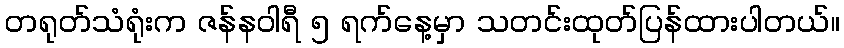
တရုတ်သံရုံးက ဇန်နဝါရီ ၅ ရက်နေ့မှာ သတင်းထုတ်ပြန်ထားပါတယ်။